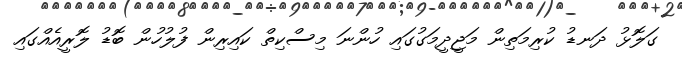
ގަލޮޅު ދަނޑު ކުރިމަތިން މަޖީދީމަގުގައި ހުންނަ މިސްކިތް ކައިރިން ފުލުހުން ބޮޑު ލޮރީއެއްގައި